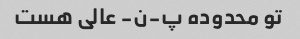
تو محدوده پ-ن- عالی هست